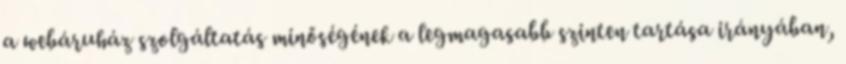
a webáruház szolgáltatás minőségének a legmagasabb szinten tartása irányában,